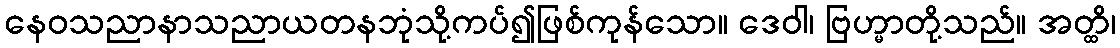
နေဝသညာနာသညာယတနဘုံသို့ကပ်၍ဖြစ်ကုန်သော။ ဒေဝါ၊ ဗြဟ္မာတို့သည်။ အတ္ထိ၊